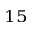
^ { 1 5 }